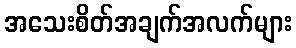
အသေးစိတ်အချက်အလက်များ